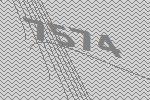
7574